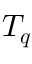
\boldsymbol { T _ { q } }